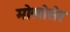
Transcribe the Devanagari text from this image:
मोलोसेर